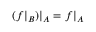
( f | _ { B } ) | _ { A } = f | _ { A }